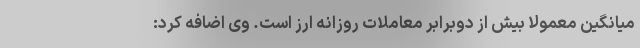
میانگین معمولا بیش از دوبرابر معاملات روزانه ارز است. وی اضافه کرد: